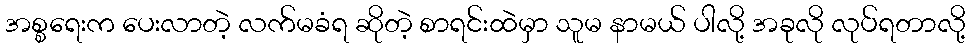
အစ္စရေးက ပေးလာတဲ့ လက်မခံရ ဆိုတဲ့ စာရင်းထဲမှာ သူမ နာမယ် ပါလို့ အခုလို လုပ်ရတာလို့